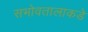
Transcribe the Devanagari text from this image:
सभोवतालाकडे